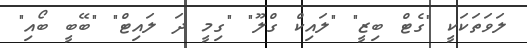
ލަވަތަކަކީ "ގެޓް ބިޒީ" "ލައިކް ގްލޫ" "ގިމީ ދަ ލައިޓް" "ބޭބީ ބޯއި"